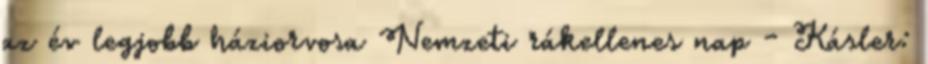
az év legjobb háziorvosa Nemzeti rákellenes nap - Kásler: